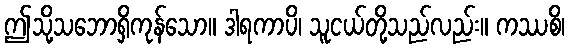
ဤသို့သဘောရှိကုန်သော။ ဒါရကာပိ၊ သူငယ်တို့သည်လည်း။ ကဿစိ၊